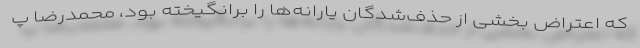
که اعتراض بخشی از حذف‌شدگان یارانه‌ها را برانگیخته بود، محمدرضا پ